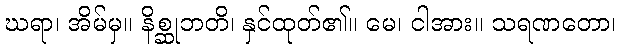
ဃရာ၊ အိမ်မှ။ နိစ္ဆုဘတိ၊ နှင်ထုတ်၏။ မေ၊ ငါအား။ သရဏတော၊